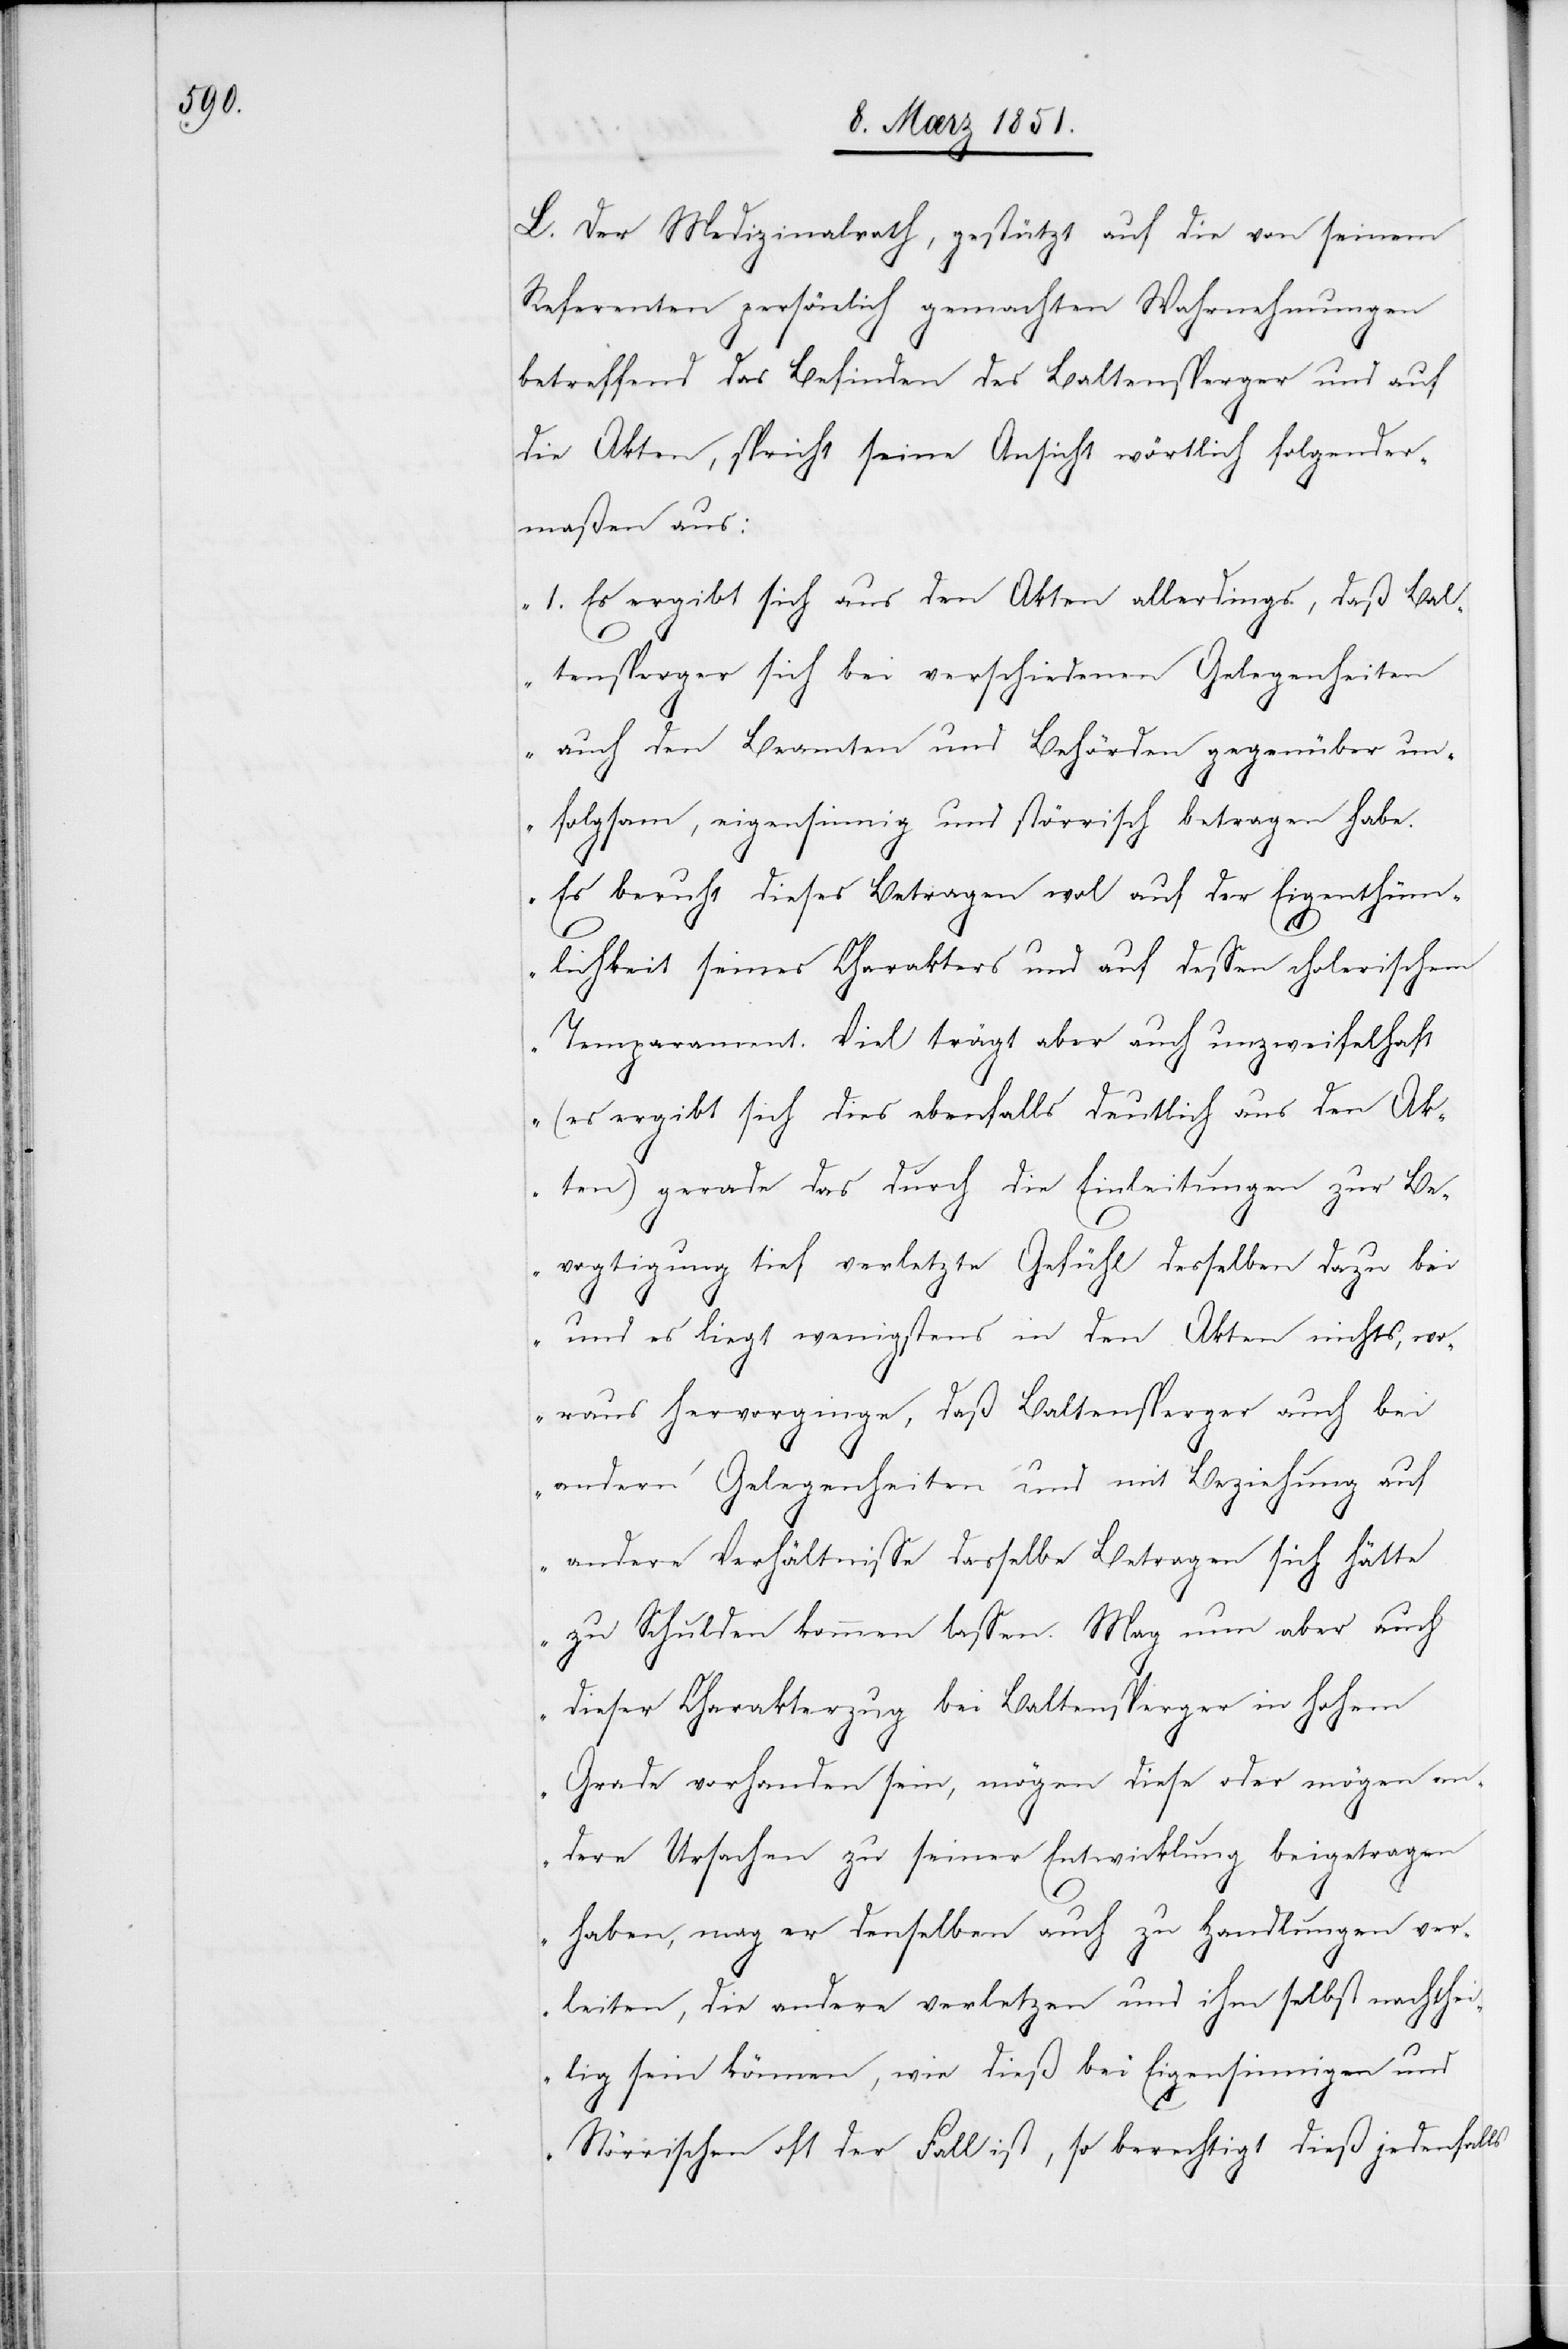
L. Der Medizinalrath, gestützt auf die von seinem
Referenten persönlich gemachten Wahrnehmungen
betreffend das Befinden des Baltensperger und auf
die Akten, spricht seine Ansicht wörtlich folgender¬
maßen aus:
„1. Es ergibt sich aus den Akten allerdings, daß Bal¬
tensperger sich bei verschiedenen Gelegenheiten
auch den Beamten und Behörden gegenüber un¬
folgsam, eigensinnig und störrisch betragen habe.
Es beruht dieses Betragen wo[h]l auf der Eigenthüm¬
lichkeit seines Charakters und auf dessen cholerischem
Temparament. Viel trägt aber auch unzweifelhaft
(es ergibt sich dies ebenfalls deutlich aus den Ak¬
ten) gerade das durch die Einleitungen zur Be¬
vogtigung tief verletzte Gefühl desselben dazu bei
und es liegt wenigstens in den Akten nichts, wo¬
raus hervorginge, daß Baltensperger auch bei
andern Gelegenheiten und mit Beziehung auf
andere Verhältnisse dasselbe Betragen sich hätte
zu Schulden kommen lassen. Mag nun aber auch
dieser Charakterzug bei Baltensperger in hohem
Grade vorhanden sein, mögen diese oder mögen an¬
dere Ursachen zu seiner Entwicklung beigetragen
haben, mag er denselben auch zu Handlungen ver¬
leiten, die andere verletzen und ihm selbst nachthei¬
lig sein können, wie dieß bei Eigensinnigen und
Störrischen oft der Fall ist, so berechtigt dieß jedenfalls